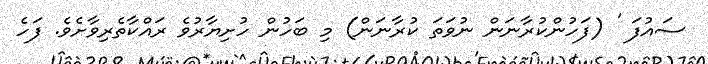
ސައުފަ ' (ފަހުންކުރާނަން ނުވަތަ ކުރާނަން) މި ބަހުން ހުށިޔާރުވެ ރައްކާތެރިވާށެވެ. ފަހެ